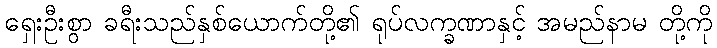
ရှေးဦးစွာ ခရီးသည်နှစ်ယောက်တို့၏ ရုပ်လက္ခဏာနှင့် အမည်နာမ တို့ကို